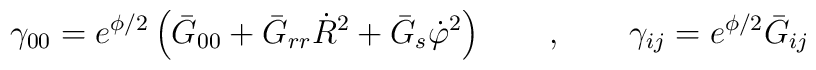
\gamma_{00} = e^{\phi/2} \left(\bar{G}_{00} +\bar{G}_{rr}\dot{R}^2 +\bar{G}_s \dot{\varphi}^2 \right)\qquad, \qquad \gamma_{ij} = e^{\phi/2}  \bar{G}_{ij}